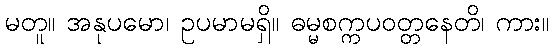
မတူ။ အနုပမော၊ ဥပမာမရှိ။ ဓမ္မစက္ကပဝတ္တနေတိ၊ ကား။